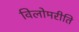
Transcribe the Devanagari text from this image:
विलोमरीति